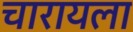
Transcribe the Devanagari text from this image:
चारायला